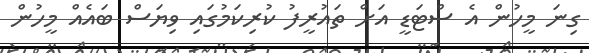
ގިނަ މީހުން އެ ސްޓަޑީ އަށް ތައުރީފު ކުރިކަމުގައި ވިޔަސް ބައެއް މީހުން